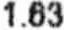
1.63